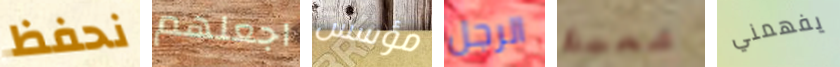
نحفظ اجعلهم مؤسس الرجل شعبك يفهمني